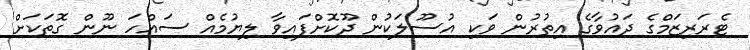
ޓެރަރިޒަމްގެ ދައުވާގެ އިތުރުން ވަކި އުސޫލަކުން ދޫކޮށްފައިވާ ލިޔުމެއް ސައްހަ ނޫން ގޮތަކަށް